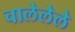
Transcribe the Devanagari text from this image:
चालेलेले